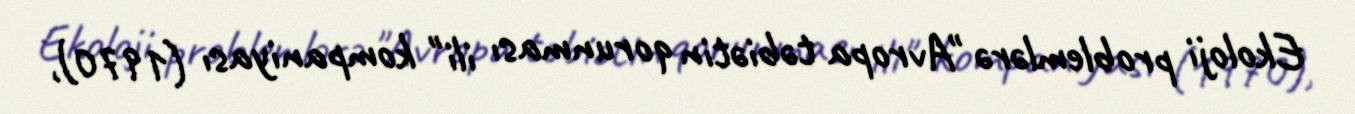
Ekoloji problemlərə "Avropa təbiətin qorunması ili" kompaniyası (1970),